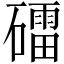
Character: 礌